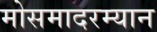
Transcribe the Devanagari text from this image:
मोसमादरम्यान